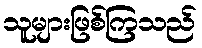
သူများဖြစ်ကြသည်